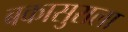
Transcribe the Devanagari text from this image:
बकासुराला